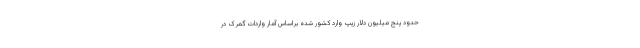
حدود پنج میلیون دلار زیپ وارد کشور شده براساس آمار واردات گمرک در